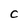
Character: C